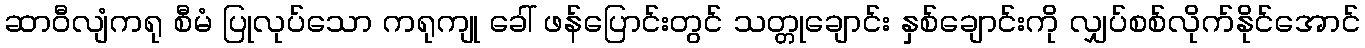
ဆာဝီလျံကရု စီမံ ပြုလုပ်သော ကရုကျု ခေါ် ဖန်ပြောင်းတွင် သတ္တုချောင်း နှစ်ချောင်းကို လျှပ်စစ်လိုက်နိုင်အောင်